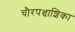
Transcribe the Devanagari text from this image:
चौरपञ्चाशिका